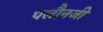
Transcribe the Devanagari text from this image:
पलौनजी